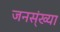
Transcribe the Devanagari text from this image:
जनस्ंख्या